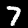
Label: 7